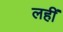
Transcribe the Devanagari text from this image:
लहीं